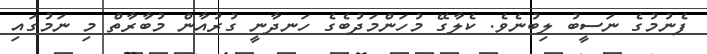
ފެނުމުގެ ނަސީބު ލިބުނެވެ. ކެލާގޭ މުހަންމަދުބެގެ ހަނދާނީ ގުރުއާން މުބާރާތް މި ނަމުގައި